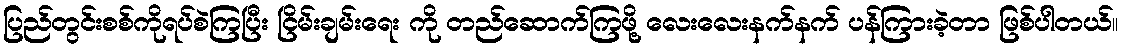
ပြည်တွင်းစစ်ကိုရပ်စဲကြပြီး ငြိမ်းချမ်းရေး ကို တည်ဆောက်ကြဖို့ လေးလေးနက်နက် ပန်ကြားခဲ့တာ ဖြစ်ပါတယ်။